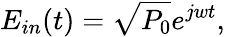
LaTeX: E_{in}(t)=\sqrt{P_{0}}e^{jwt},